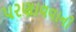
પરણાવવાની